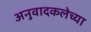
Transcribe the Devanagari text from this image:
अनुवादकलेच्या